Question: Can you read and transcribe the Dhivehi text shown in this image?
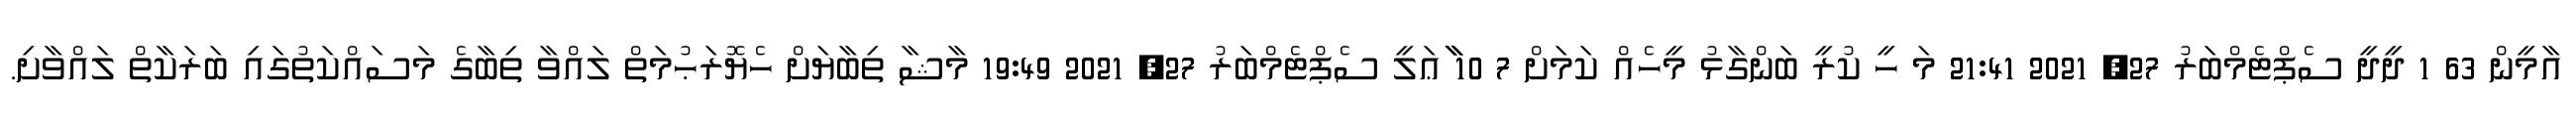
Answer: އާމީން 63 1 ދީދީ ސެޕްޓެމްބަރު 27, 2021 21:41 މަ ހީ ކުރީ ބަންގާޅު މީހެއް ކަމަށް 7 10 ާާާޢަލީ ސެޕްޓެމްބަރު 27, 2021 19:49 މާޝާ ތިބާޔަށް ހެޔޮރަޙުމަތް ލައްވާ ތިބާގެ މަސައްކަތުގައި ބަރަކާތް ލައްވާށި.